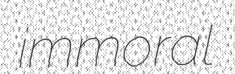
immoral